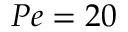
P e = 2 0